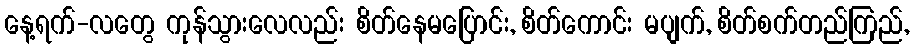
နေ့ရက်-လတွေ ကုန်သွားလေလည်း စိတ်နေမပြောင်း, စိတ်ကောင်း မပျက်, စိတ်စက်တည်ကြည်,